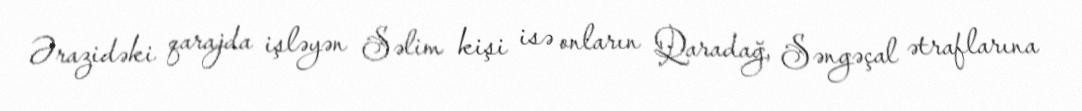
Ərazidəki qarajda işləyən Səlim kişi isə onların Qaradağ, Səngəçal ətraflarına